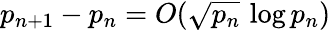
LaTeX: p_{n+1}-p_{n}=O({\sqrt{p_{n}}}\, \log p_{n})